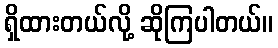
ရှိထားတယ်လို့ ဆိုကြပါတယ်။